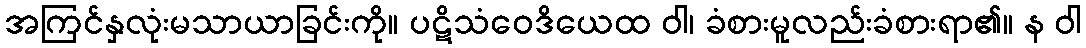
အကြင်နှလုံးမသာယာခြင်းကို။ ပဋိသံဝေဒိယေထ ဝါ၊ ခံစားမူလည်းခံစားရာ၏။ န ဝါ